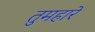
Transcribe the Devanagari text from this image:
तुमहारे